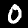
Digit: 0